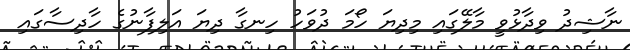
ނާޝިދު ވިދާޅުވީ މާލޭގައި މިދިޔަ ހޯމަ ދުވަހު ހިނގާ ދިޔަ އަލިފާނުގެ ހާދިސާގައި